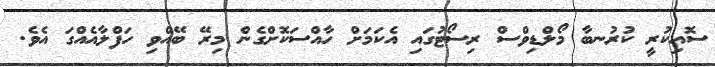
ސޮއިކުރީ ކުރުނބާ މޯލްޑިވްސް ރިސޯޓުގައި އެކަމަށް ހާއްސަކޮށްގެން މިރޭ ބޭއްވި ހަފްލާއެއްގަ އެވެ.